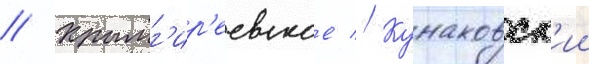
// Крымг'ир'еевское // Кунаковск'ии